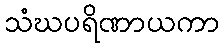
သံဃပရိဏာယကာ